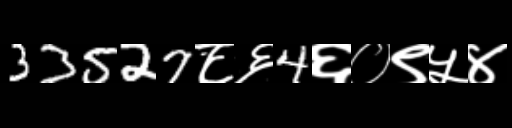
Text: 33527८६4६०९५४